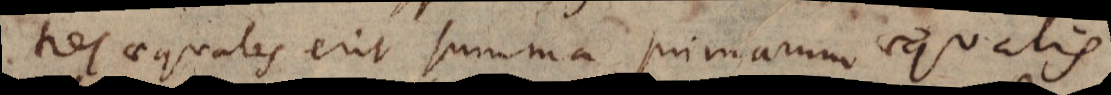
tes aequales erit summa primarum aequalis